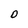
Character: O